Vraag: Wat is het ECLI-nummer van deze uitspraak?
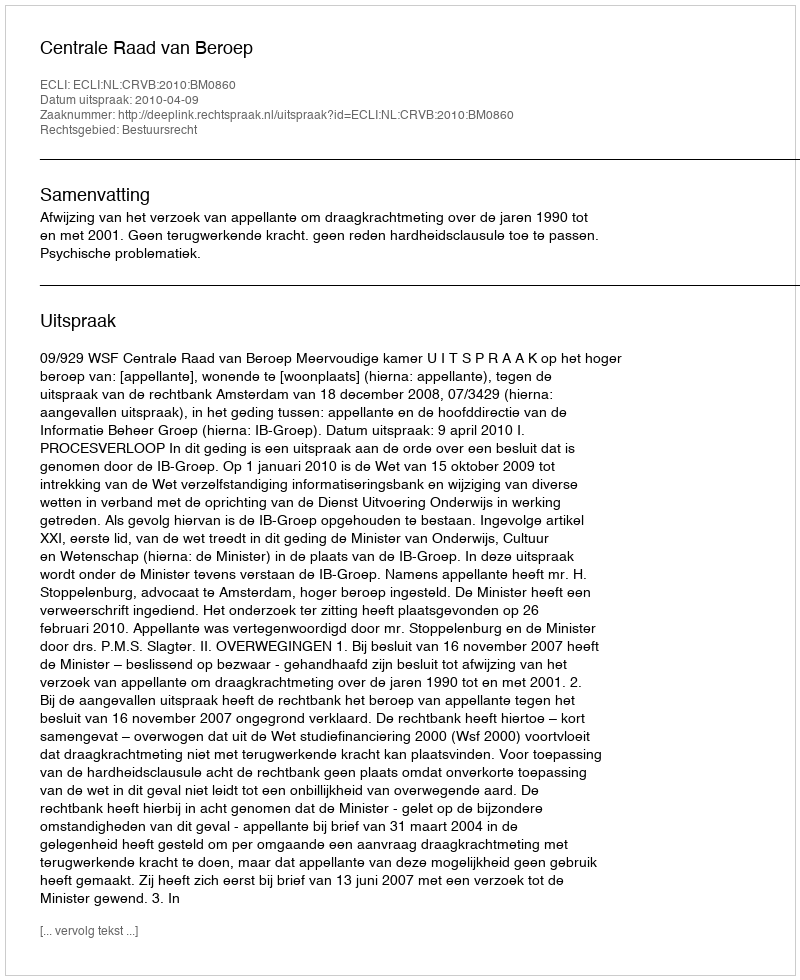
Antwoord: ECLI:NL:CRVB:2010:BM0860